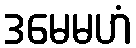
ဒမေမဟံ